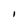
Character: l